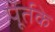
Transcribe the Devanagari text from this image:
पूर्तके